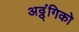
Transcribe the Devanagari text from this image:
अठ्ठ्ंगिको